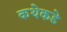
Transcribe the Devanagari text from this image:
कथेकडे